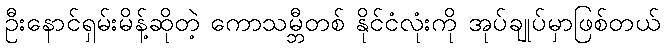
ဦးနောင်ရှမ်းမိန့်ဆိုတဲ့ ကောသမ္ဘီတစ် နိုင်ငံလုံးကို အုပ်ချုပ်မှာဖြစ်တယ်